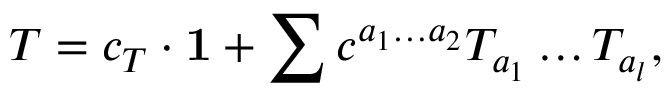
T = c _ { T } \cdot { \bf 1 } + \sum c ^ { a _ { 1 } \dots a _ { 2 } } T _ { a _ { 1 } } \dots T _ { a _ { l } } ,